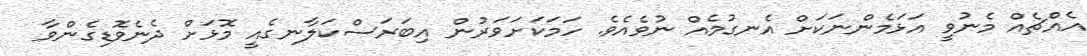
އެއްޗެއް މެނުވީ އަޅަމެންނަކަށް އެނގުމެއް ނުވެއެވެ. ހަމަކަށަވަރުން އިބަރަސްކަލާނގެއީ މޮޅަށް ދެނެވޮޑިގެންވާ